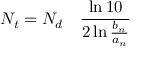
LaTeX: N _ { t } = N _ { d } \quad { \frac { \ln 1 0 } { 2 \ln { \frac { b _ { n } } { a _ { n } } } } }